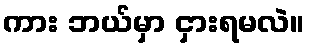
ကား ဘယ်မှာ ငှားရမလဲ။